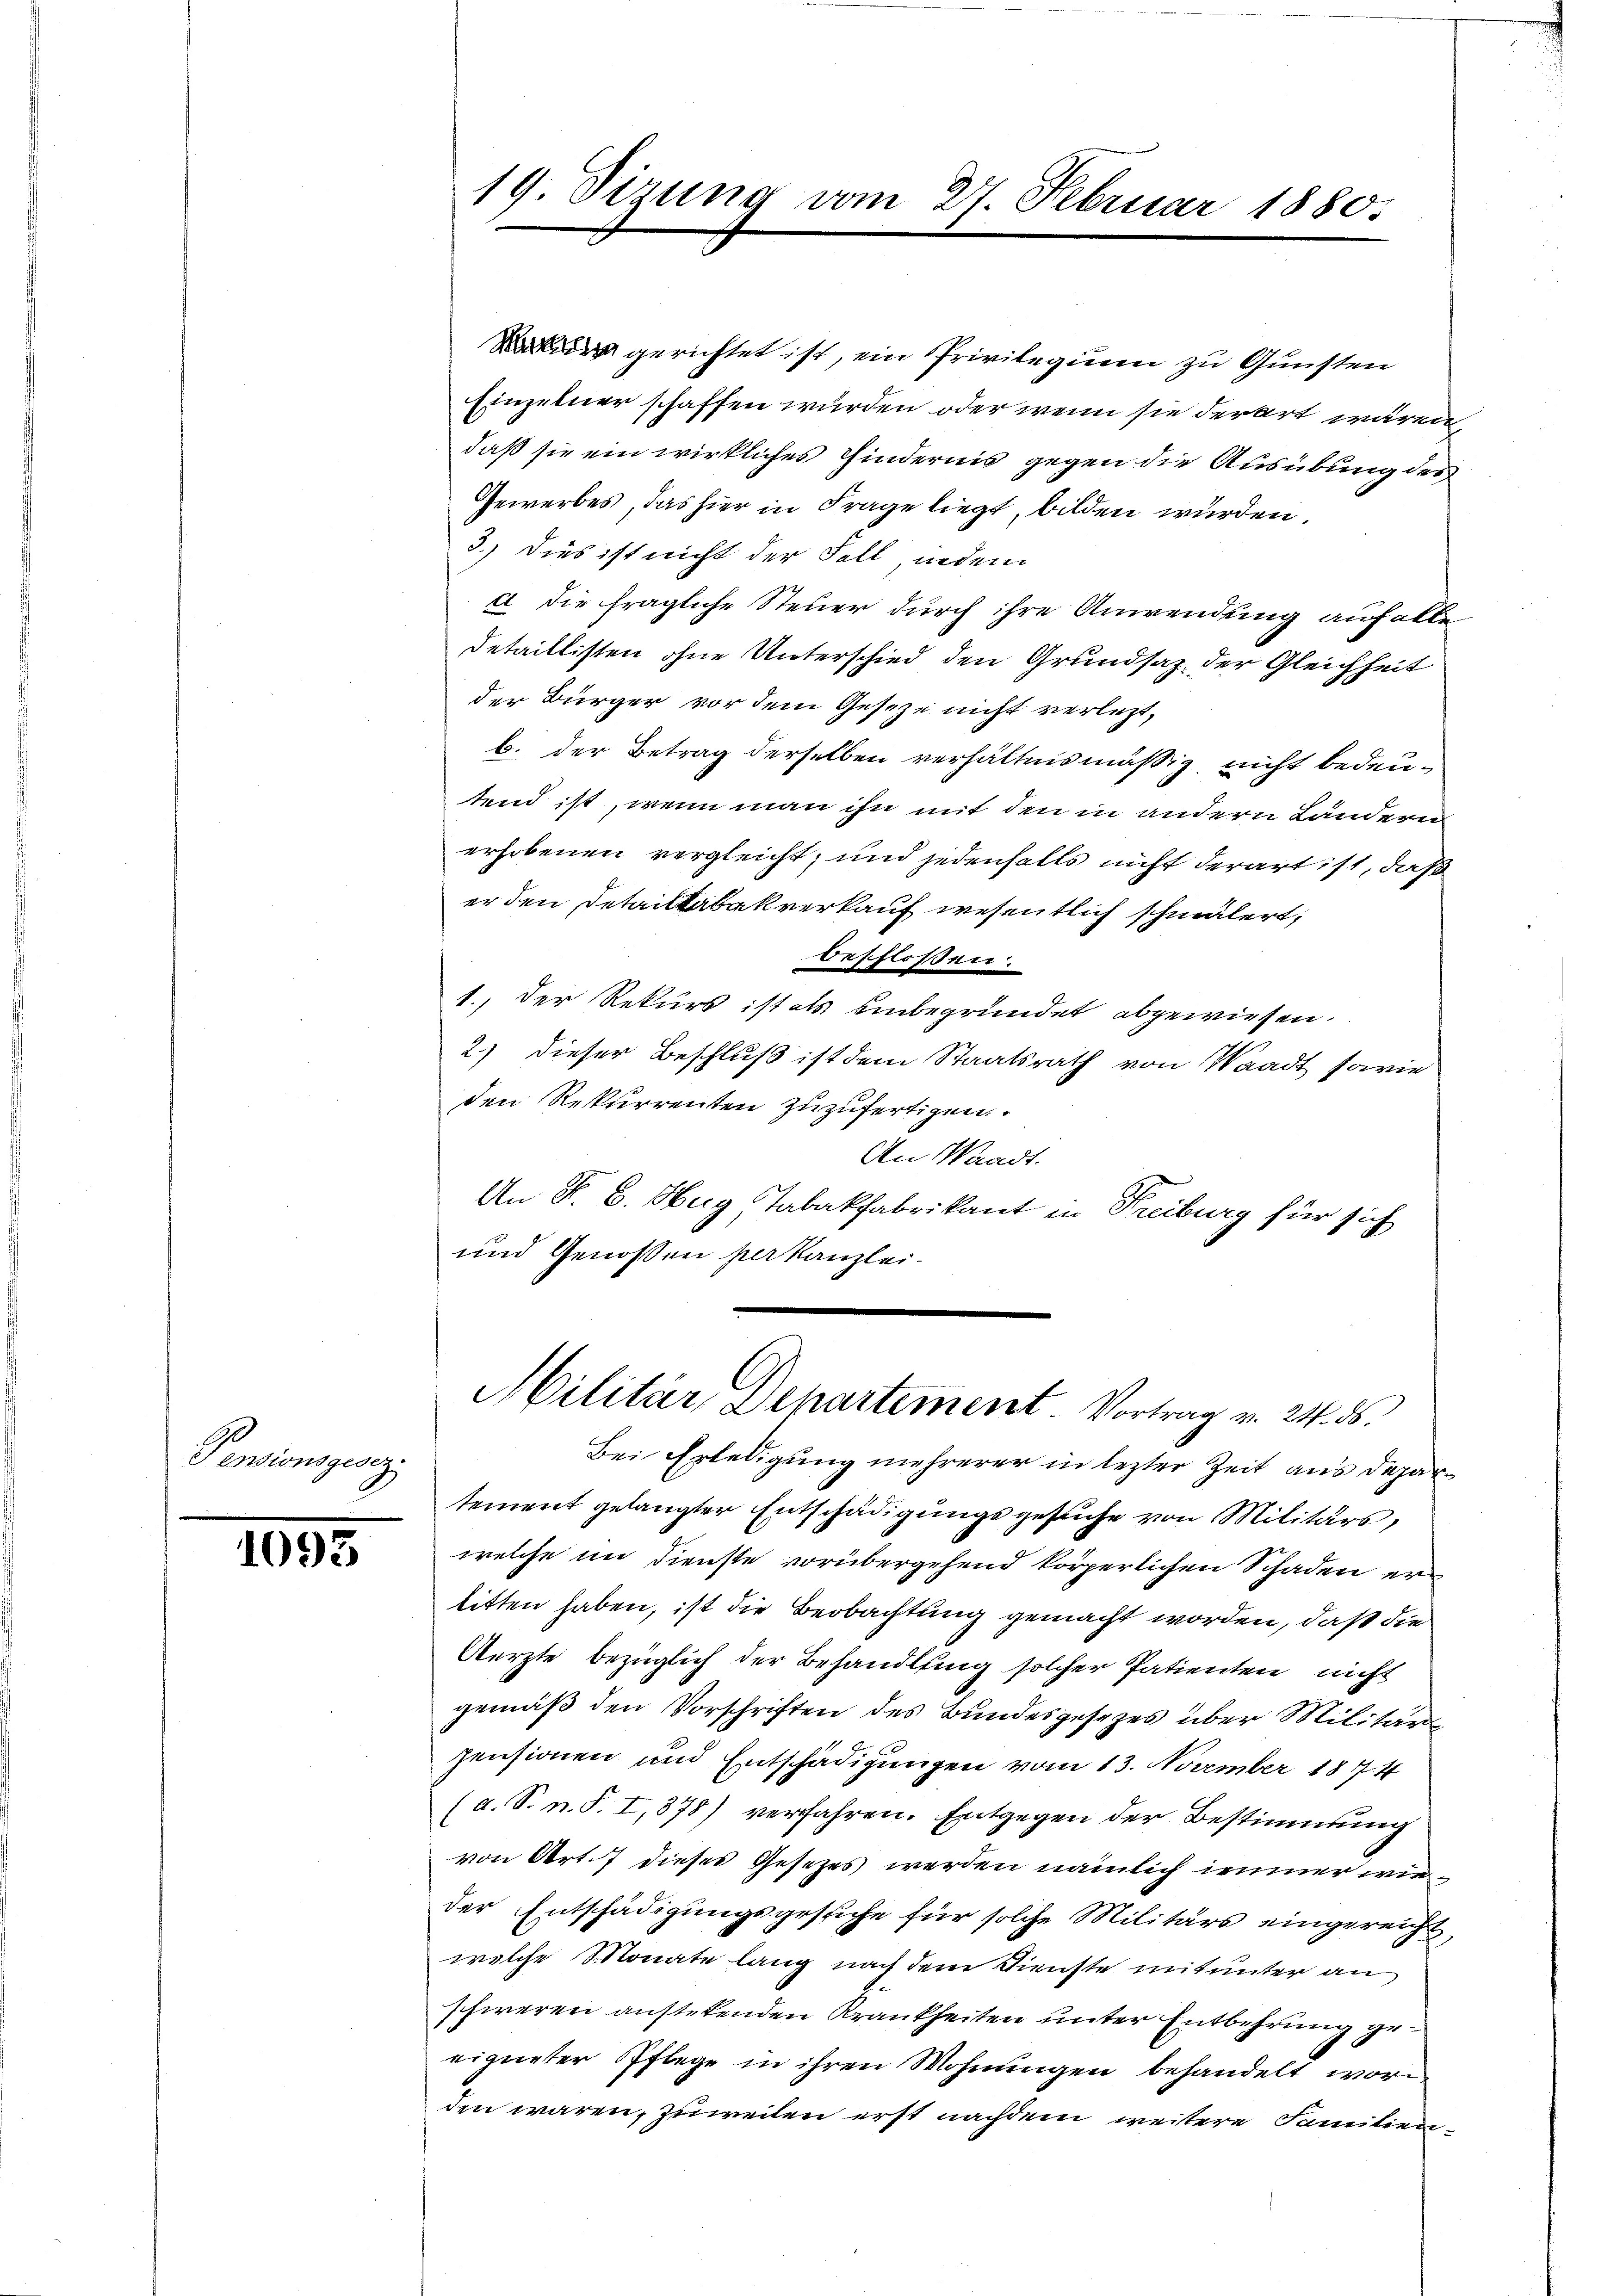
Pensionsgesez

1093

19. dirung vom 27. Februar

uer gerichtet ist, ein Privilegium zu Gunsten
Einzelner schaffen wurden, oder wenn sie derart wären,
daß sie ein wirkliches Kindernis gegen die Ausübung des
Gewerbes, das hier in Frage liegt, bilden würden.
3.) Dies ist nicht der Fall, indem
a. die fragliche Steuer durch ihre Anwendung auf alle
Detaillisten ohne Unterschied den Grundsaz der Gleichheit
der Bürger vor dem Geseze nicht verletzt,
b. der Betrag derselben verhältnismäßig, nicht bedeutend ist, wenn man ihn mit den in andern Länderen
erhobenen vergleicht; und jedenfalls nicht derart ist, daß
er den Detailtabakverkauf wesentlich schmälert,
beschlossen:
1., der Rekurs ist als einbegründet abgewiesen.
2.) Dieser Beschluß ist dem Staatsrath von Waadt, sowie
den Rekurrenten zuzufertigen.
An Waadt.
An P. C. Hug Tabakfabrikant in Freiburg für sich
und Genossen verkanzlei-

1880.

Militär, Departement Vortrag v. 24. ds.

Bei Erledigung mehrerer in lezter Zeit aus Departement gelangter Entschädigungsgesuche von Militärs,
welche im Dienste vorübergehend körperlichen Schaden erlitten haben, ist die Beobachtung gemacht worden, daß die
Aerzte bezüglich der Behandlung solcher Patienten nicht
gemäß den Vorschriften des Bundesgesezes über Militärs
pensionen und Entschädigungen vom 13. November 1874
(a. S. n. F. I, 878) verfahren. Entgegen der Bestimmung
von Art. 7 dieses Gesetzes werden nämlich immer wieder Entschädigungsgesuche für solche Militärs eingereicht,
welche Monate lang nach dem Dienste mit unter an
schweren anstehenden Krankheiten unter Entbehrung geeigneter Pflege in ihren Wohnungen behandelt wor
den wären, zuweilen erst nachdem weitere Familien¬